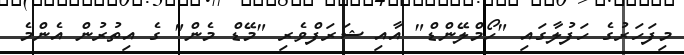
މިފަހަރުގެ ހަފުލާގައި "ހޯމްލޭންޑް" އާއި ޝަރަފްވެރި "މޭޑް މެން" ގެ އިތުރުން އެންމެ